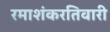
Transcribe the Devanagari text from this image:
रमाशंकरतिवारी